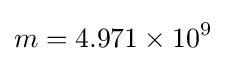
m=4.971\times 10^{9}